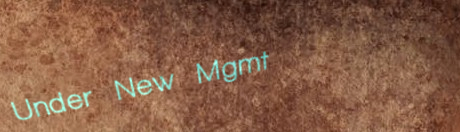
Under New Mgmt